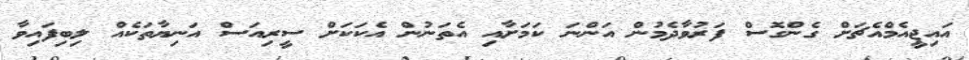
އައިޖީއެމްއެޗަށް ގެންގޮސް ފަރުވާދެމުން އަންނަ ކަމަށާއި އެތަނުން އެކަކަށް ސީރިއަސް އަނިޔާތަކެއް ލިބިފައިވާ